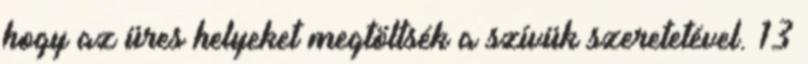
hogy az üres helyeket megtöltsék a szívük szeretetével. 13